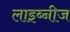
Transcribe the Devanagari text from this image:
लाइब्नीज